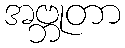
အဗ္ဘုတာ